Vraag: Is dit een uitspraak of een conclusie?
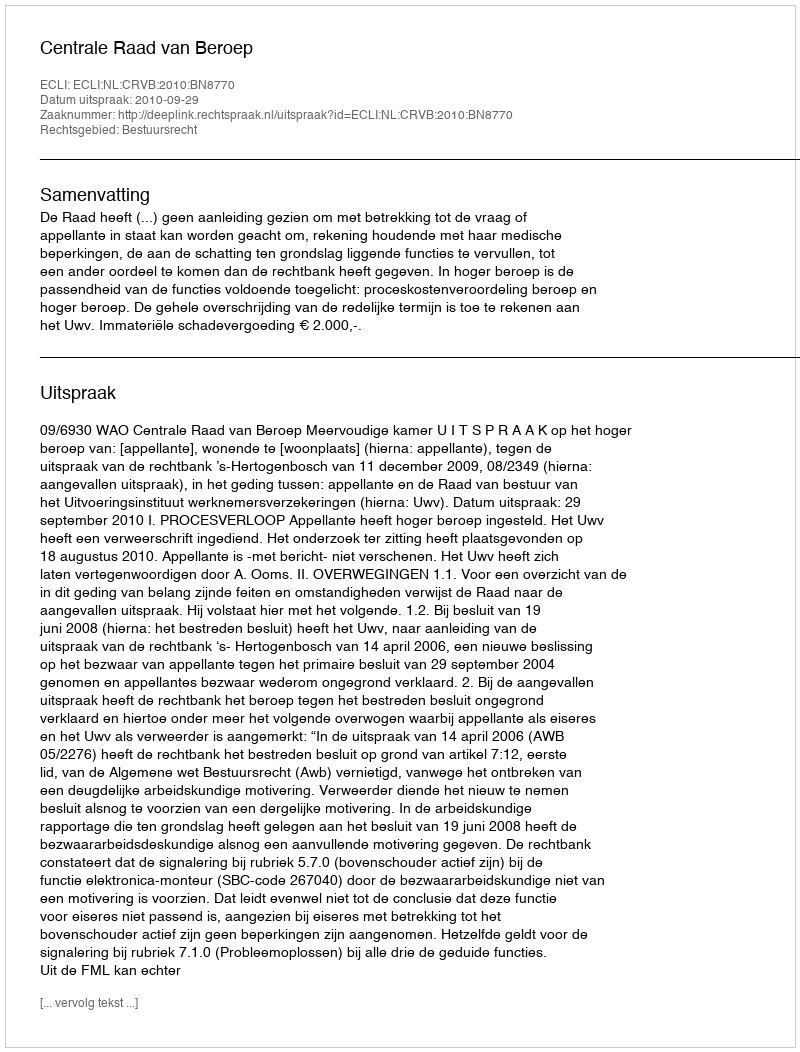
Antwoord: Uitspraak